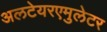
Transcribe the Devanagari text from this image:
अलटेयरएमुलेटर